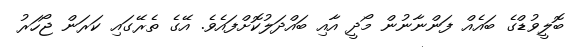
ބޮލީވުޑްގެ ބައެއް ފަންނާނުން މޯދީ އާއި ބައްދަލުކޮށްފައެވެ. އޭގެ ތެރޭގައި ކަރަން ޖޯހަރު